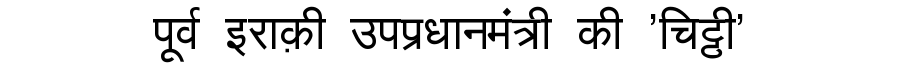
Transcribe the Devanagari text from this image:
पूर्व इराक़ी उपप्रधानमंत्री की 'चिट्ठी'